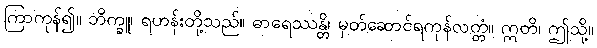
ကြာကုန်၍။ ဘိက္ခူ၊ ရဟန်းတို့သည်။ ဓာရေဿန္တိ၊ မှတ်ဆောင်ရကုန်လတ္တံ။ ဣတိ၊ ဤသို့။